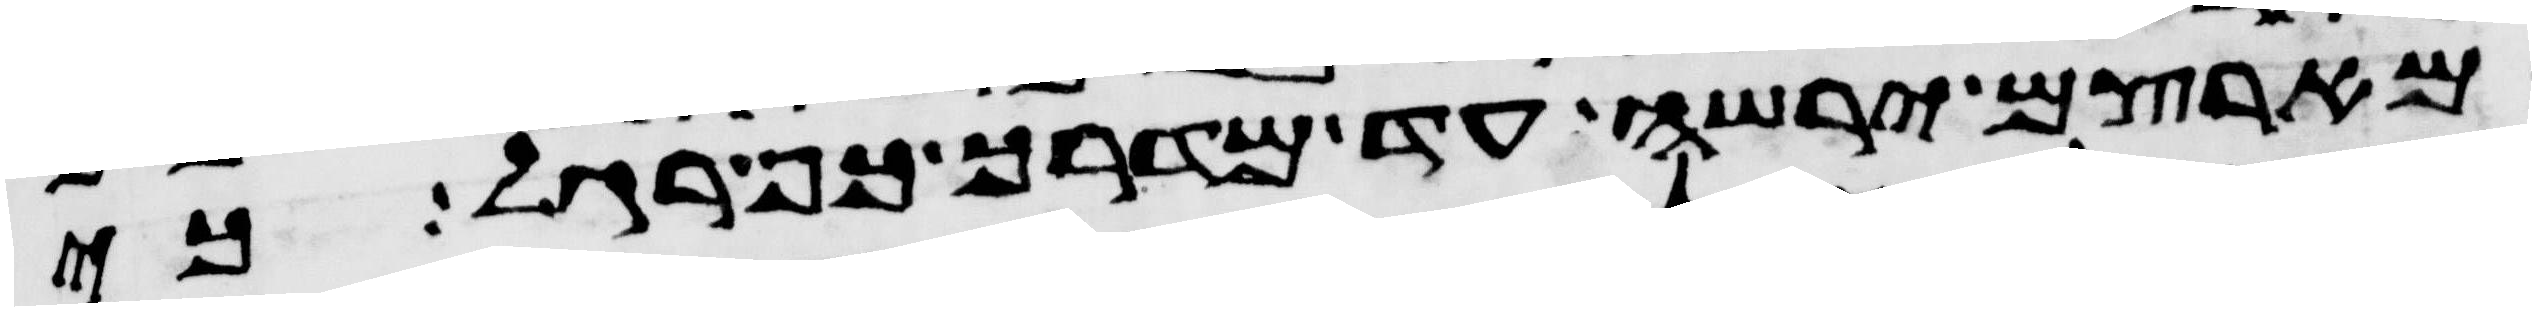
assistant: מארצם ירשה עד מדרך כף רגל כי